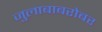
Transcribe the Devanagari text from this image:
जुलाबाबरोबर